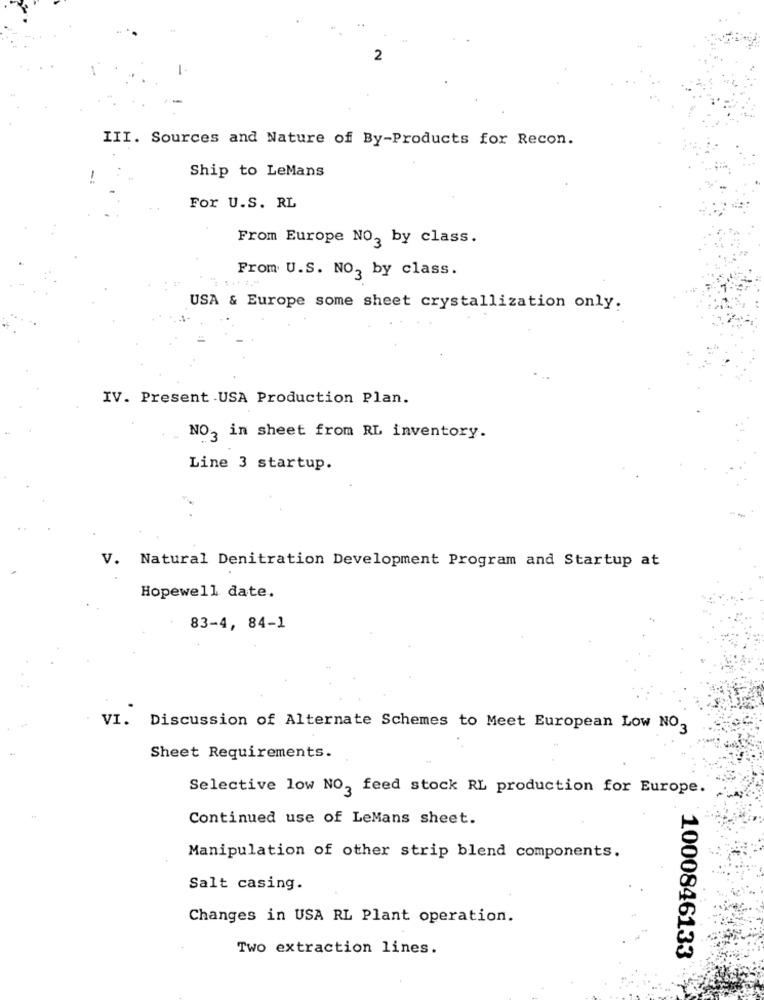
2
III. Sources and Nature of By-Products for Recon.
Ship to LeMans
For U.S. RL
From Europe NO3 by class.
From U.S. NO3 by class.
USA & Europe some sheet crystallization only.
IV. Present .USA Production Plan.
NO3 in sheet from RL inventory.
Line 3 startup.
. Natural Denitration Development Program and Startup at
Hopewell date.
83-4, 84-1
VI. Discussion of Alternate Schemes to Meet European Low NO3
Sheet Requirements.
Selective low NO, feed stock RL production for Europe.
Continued use of LeMans sheet.
Manipulation of other strip blend components.
Salt casing.
Changes in USA RL Plant operation.
Two extraction lines.
1000846133